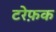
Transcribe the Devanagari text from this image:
टरेफ़क